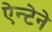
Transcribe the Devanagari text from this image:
ऐन्टेने